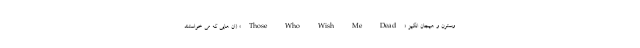
وسترن و هیجان انگیز «Those Who Wish Me Dead» (ان هایی که می خواستند